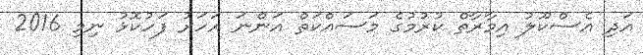
އަދި އެސްކޫލު އިމާރާތް ކުރުމުގެ މަސައްކަތް އަންނަ އަހަރު ފަހުކޮޅު ނިމި 2016